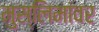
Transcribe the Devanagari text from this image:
मुस्लिमांवर